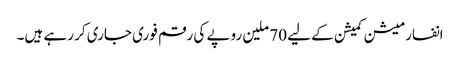
انفارمیشن کمیشن کے لیے 70 ملین روپے کی رقم فوری جاری کر رہے ہیں۔